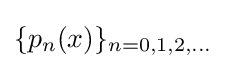
\{p_{n}(x)\}_{n=0,1,2,\ldots }